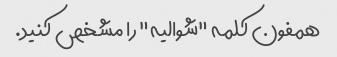
همفون کلمه "شوالیه" را مشخص کنید.